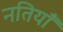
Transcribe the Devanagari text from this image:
नतियाँ